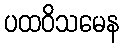
ပထဝိသမေန